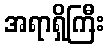
အရာရှိကြီး